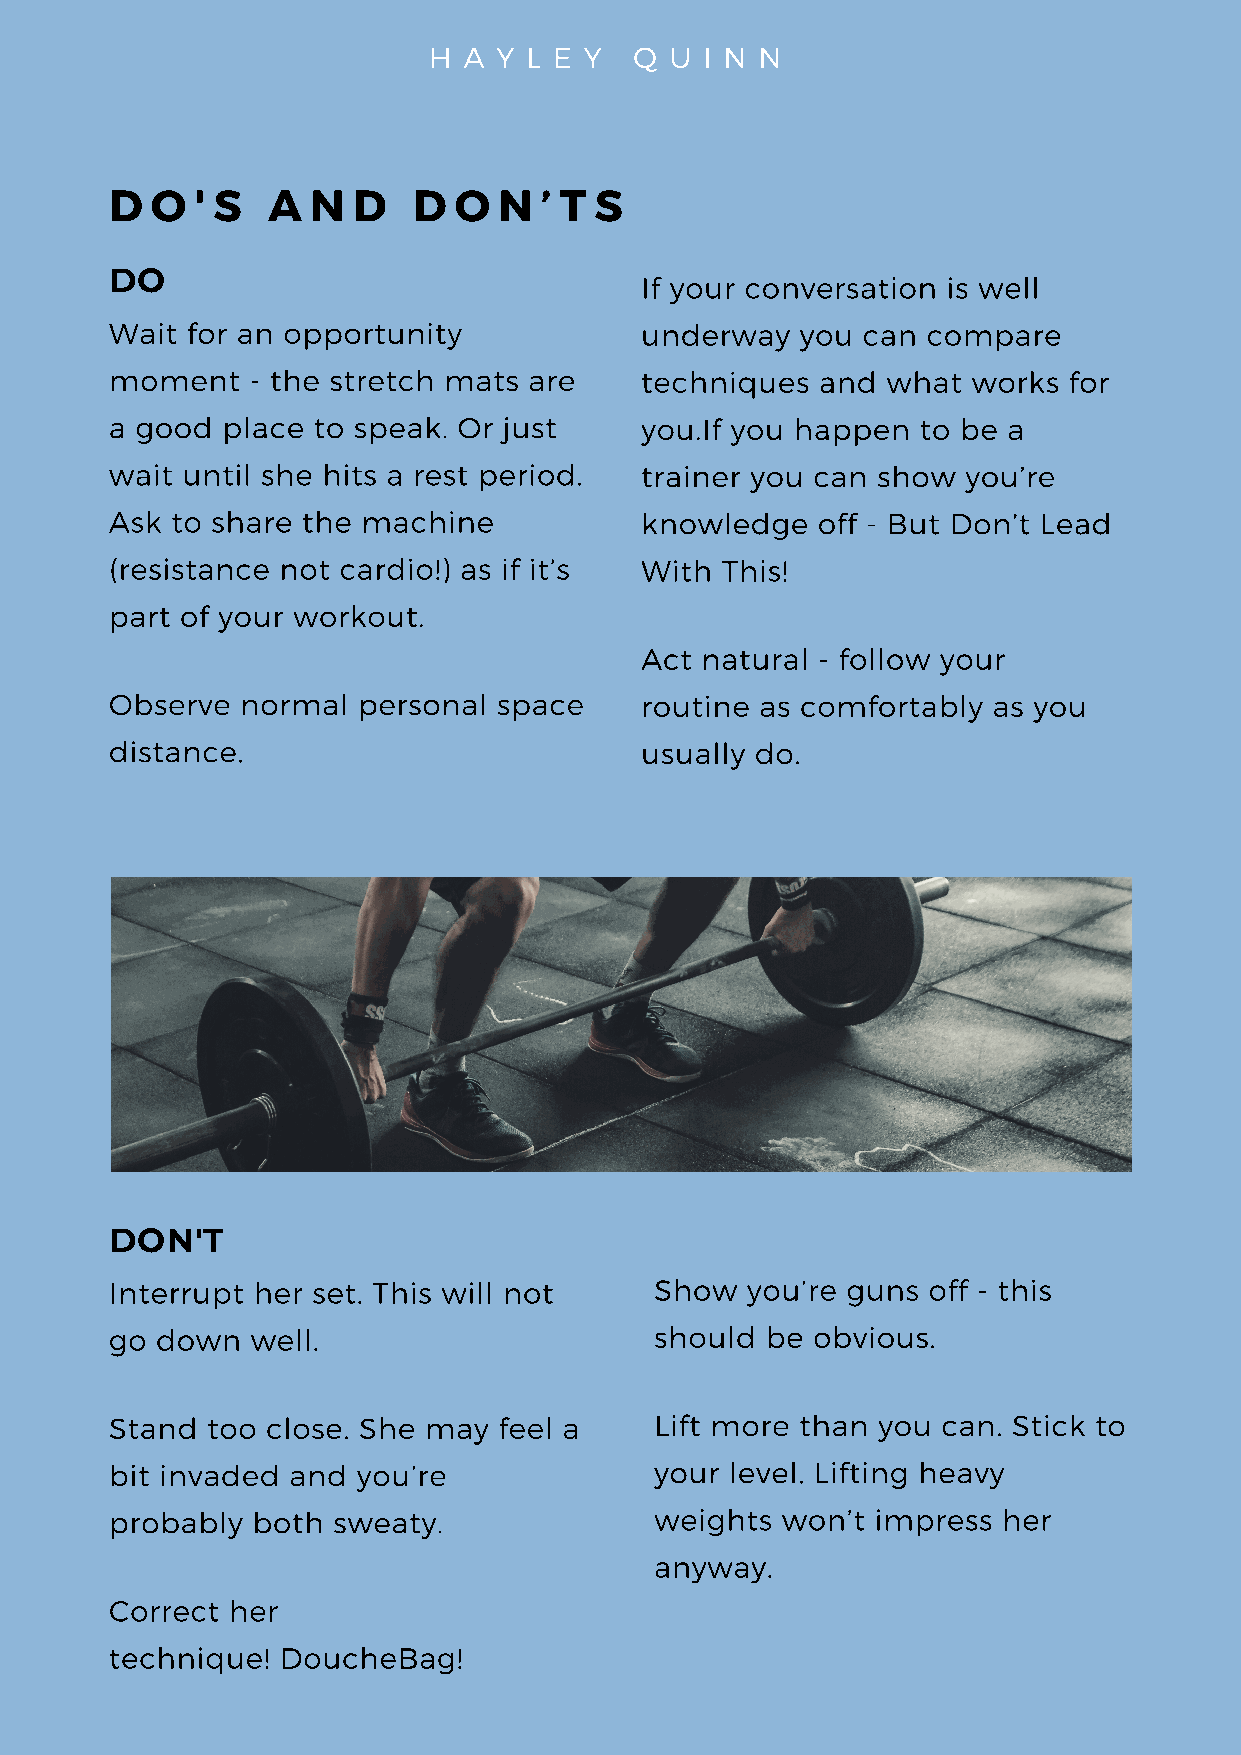
H  A Y L E Y  Q U  I N N
 D  O  ' S  A  N D   D  O  N  ’ T S
 DO                                 If your conversation is well
 Wait for an opportunity            underway   you can compare
 moment    - the stretch mats are   techniques  and  what works  for
 a good  place to speak. Or just    you.If you happen  to be a
 wait until she hits a rest period. trainer you can show  you’re
 Ask to share the machine           knowledge   off - But Don’t Lead
 (resistance not cardio!) as if it’s With This!
 part of your workout.
 Act natural - follow your
 Observe  normal  personal space    routine as comfortably  as you
 distance.                          usually do.
 DON'T
 Interrupt her set. This will not    Show  you’re guns off - this
 go down   well.                     should  be obvious.
 Stand  too close. She may feel a    Lift more than you can. Stick to
 bit invaded and  you’re             your level. Lifting heavy
 probably  both sweaty.              weights  won’t impress her
 anyway.
 Correct her
 technique!  DoucheBag!